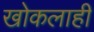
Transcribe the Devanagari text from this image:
खोकलाही